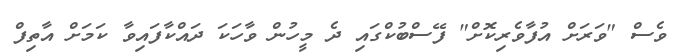
ވެސް "ވަރަށް އުފާވެރިކޮށް" ފޭސްބުކްގައި ދެ މީހުން ވާހަކަ ދައްކާފައިވާ ކަމަށް އާތިފް